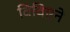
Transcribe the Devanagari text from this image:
विविएने